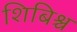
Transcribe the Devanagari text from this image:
शिबिश्च